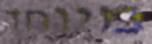
מיוחד